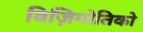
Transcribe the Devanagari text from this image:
विज़िगोतिको